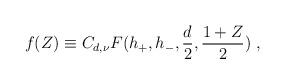
LaTeX: \begin{align*}f(Z) \equiv C_{d,\nu}F(h_{+},h_{-},{d\over 2},{1+Z\over 2})~,\end{align*}